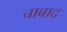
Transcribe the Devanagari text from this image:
चाबाद